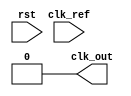
module PLL (
    input wire clk_ref,           // Reference clock input
    input wire rst,               // Active high reset
    output wire clk_out           // Output clock
);

// Parameters for memory blocks
parameter MEM_SIZE = 8;
reg [7:0] memory [0:MEM_SIZE-1]; // Memory blocks to store configuration/state

// Phase Detector (PD) output
reg pd_out;

// Loop Filter (LF) state
reg [15:0] lf_output;

// Voltage-Controlled Oscillator (VCO)
reg [15:0] vco_freq;
wire vco_clk;

// Feedback Clock
reg fb_clk;

// Instantiate the clock generation using a simple VCO model
always @ (posedge fb_clk or posedge rst) begin
    if (rst) begin
        vco_freq <= 16'd0;
    end else begin
        vco_freq <= lf_output; // Control frequency by loop filter output
    end
end

// Generate VCO clock based on the frequency setting.
always @(posedge clk_ref or posedge rst) begin
    if (rst) begin
        fb_clk <= 1'b0;
    end else begin
        fb_clk <= (fb_clk + vco_freq[15:0]) % 64; // Adjust this for better vco modeling
    end
end

// Phase Detector Logic
always @(posedge clk_ref or posedge rst) begin
    if (rst) begin
        pd_out <= 1'b0;
    end else begin
        pd_out <= (clk_ref != fb_clk) ? 1'b1 : 1'b0; // Simple phase detection
    end
end

// Loop Filter Implementation (simplified integral)
always @(posedge clk_ref or posedge rst) begin
    if (rst) begin
        lf_output <= 16'd0; // Reset loop filter output
    end else begin
        lf_output <= lf_output + pd_out; // Integrator action (simple)
    end
end

// Memory block operations (initialize and update)
always @(posedge clk_ref) begin
    // Example of using memory blocks to adjust configuration
    if (pd_out) begin
        memory[0] <= memory[0] + 1; // Example operation, adjust as needed
    end
end

// Output clock generation
assign clk_out = (fb_clk[15:0] > 32) ? 1'b1 : 1'b0; // Output clock based on feedback

endmodule